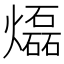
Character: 𤑭